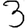
Digit: 3